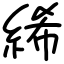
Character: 絺